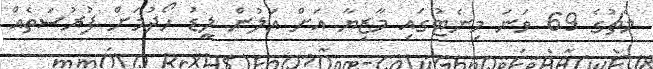
މެޗުގެ 69 ވަނަ މިނެޓުގައި މާޒިޔާ އަށް އަލުން ލީޑު ހޯދުމަށް ފުރުސަތެއް